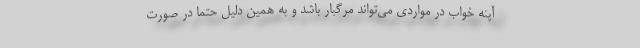
آپنه خواب در مواردی می‌تواند مرگبار باشد و به همین دلیل حتما در صورت